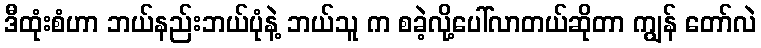
ဒီထုံးစံဟာ ဘယ်နည်းဘယ်ပုံနဲ့ ဘယ်သူ က စခဲ့လို့ပေါ်လာတယ်ဆိုတာ ကျွန် တော်လဲ